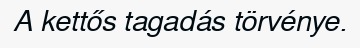
A kettős tagadás törvénye.